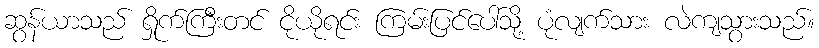
ဆွန်ယာသည် ရှိုက်ကြီးတင် ငိုယိုရင်း ကြမ်းပြင်ပေါ်သို့ ပုံလျက်သား လဲကျသွားသည်။